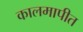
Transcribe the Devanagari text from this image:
कालमापीत